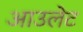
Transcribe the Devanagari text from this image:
आउलेट